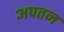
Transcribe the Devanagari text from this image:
अपतन